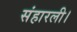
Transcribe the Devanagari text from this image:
संहारली।